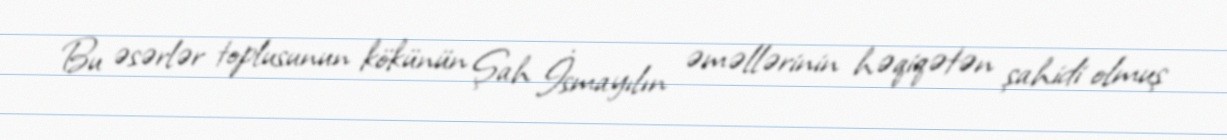
Bu əsərlər toplusunun kökünün Şah İsmayılın əməllərinin həqiqətən şahidi olmuş